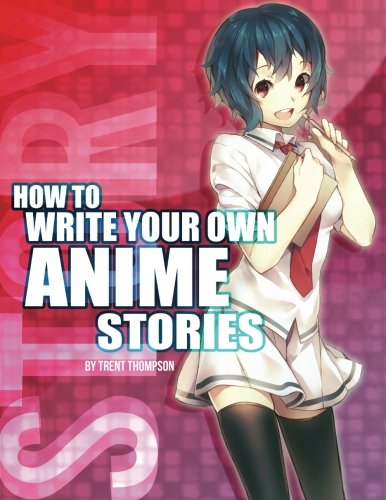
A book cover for How to Write Your Own Anime Stories, volume one (The Anime Artist Collection); Trenton J Thompson; Comics & Graphic Novels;